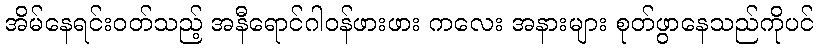
အိမ်နေရင်းဝတ်သည့် အနီရောင်ဂါဝန်ဖားဖား ကလေး အနားများ စုတ်ဖွာနေသည်ကိုပင်